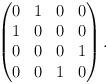
LaTeX: \begin{align*}\begin{pmatrix} 0& 1& 0&0\\ 1& 0 & 0 & 0\\ 0& 0 & 0 & 1\\ 0 & 0 & 1 & 0 \end{pmatrix}.\end{align*}